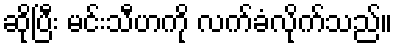
ဆိုပြီး မင်းသီဟကို လက်ခံလိုက်သည်။